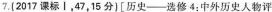
7.(2017课标1,47,15分)[历史——选修4:中外历史人物评